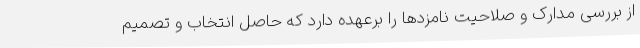
از بررسی مدارک و صلاحیت نامزدها را برعهده دارد که حاصل انتخاب و تصمیم